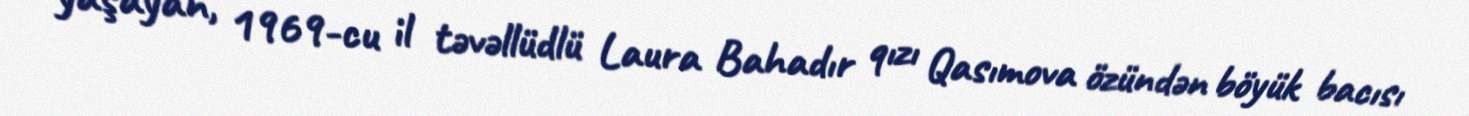
yaşayan, 1969-cu il təvəllüdlü Laura Bahadır qızı Qasımova özündən böyük bacısı